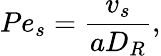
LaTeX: Pe_{s}=\frac{v_{s}}{aD_{R}},